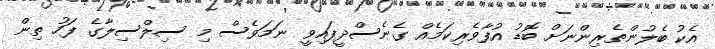
އެކު ބެލުންތެރިންނަށް ބޮޑު އުފާވެރިކަމެއް ގެނެސްދީފައިވީ ނަމަވެސް މި ސިލްސިލާގެ ފަހު ތިން